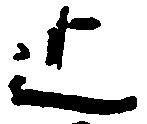
止